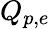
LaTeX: Q_{p,e}